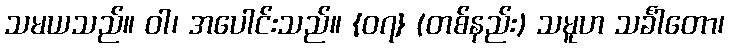
သမယသည်။ ဝါ၊ အပေါင်းသည်။ {၀၇} (တစ်နည်း) သမူဟ သင်္ခါတော၊